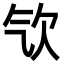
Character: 㰟